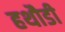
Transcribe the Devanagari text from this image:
हथौडी